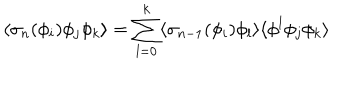
\langle \sigma _ { n } ( \phi _ { i } ) \phi _ { j } \phi _ { k } \rangle = \sum _ { l = 0 } ^ { k } \langle \sigma _ { n - 1 } ( \phi _ { i } ) \phi _ { l } \rangle \langle \phi ^ { l } \phi _ { j } \phi _ { k } \rangle